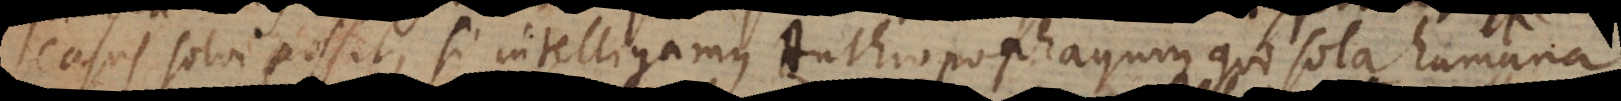
casus solvi posset, si intelligamus Anthropophagum qui sola humana